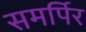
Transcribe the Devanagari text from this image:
समर्पिर